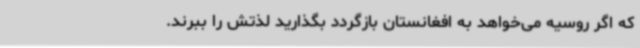
که اگر روسیه می‌خواهد به افغانستان بازگردد بگذارید لذتش را ببرند.